Indian journal of veterinary science and animal husbandry - Volumes 28-29, 1958-1959
Year: 1958
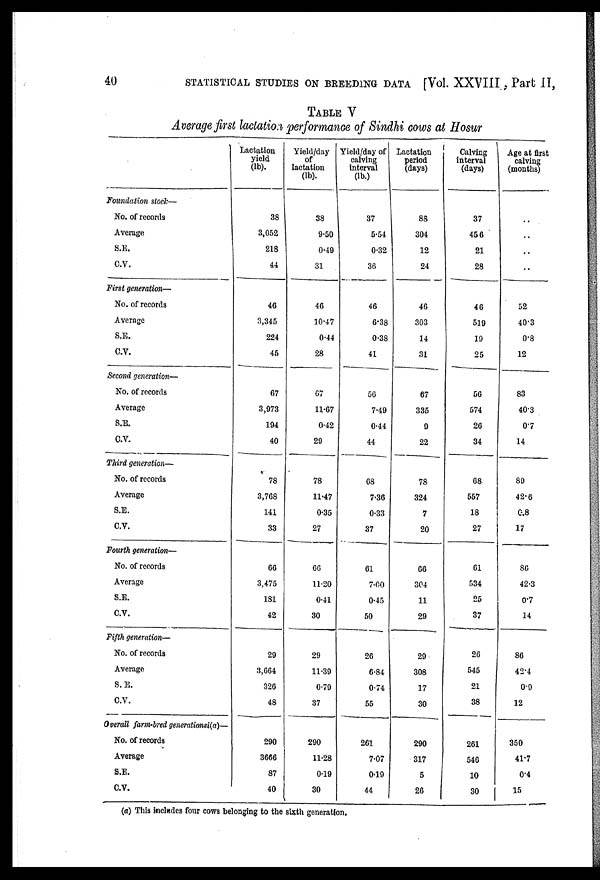
40
STATISTICAL STUDIES ON BREEDING DATA [Vol. XXVIII , Part II,
TABLE V
Average first lactation performance of Sindhi cows at Hosur
Foundation stock—
No. of records
Average
S.E.
C.V.
First generation—
No. of records
Average
S.E.
C.V.
Second generation—
No. of records
Average
S.E.
C.V.
Third generation—
No. of records
Average
S.E.
C.V.
Fourth generation—
No. of records
Average
S.E.
C.V.
Fifth generation—
No. of records
Average
S. E.
C.V.
Overall farm-bred generationsi(a)—
No. of records
Average
S.E.
C.V.
Lactation
yield
(lb).
38
3,052
218
44
46
3,345
224
45
67
3,973
194
40
78
3,768
141
33
66
3,475
181
42
29
3,664
326
48
290
3666
87
40
Yield/day
of
lactation
(lb).
38
9.50
0.49
31
46
10.47
0.44
28
67
11.67
0.42
29
78
11.47
0.35
27
66
11.20
0.41
30
29
11.39
0.79
37
290
11.28
0.19
30
Yield/day of
calving
interval
(lb.)
37
5.54
0.32
36
46
6.38
0.38
41
56
7.49
0.44
44
68
7.36
0.33
37
61
7.00
0.45
50
26
6.84
0.74
55
261
7.07
0.19
44
Lactation
period
(days)
88
304
12
24
46
303
14
31
67
335
9
22
78
324
7
20
66
304
11
29
29
308
17
30
290
317
5
26
Calving
interval
(days)
37
456
21
28
46
519
19
25
56
574
26
34
68
557
18
27
61
534
25
37
26
545
21
38
261
546
10
30
Age at first
calving
(months)
..
..
..
..
52
40.3
0.8
12
83
40.3
0.7
14
89
42.6
0.8
17
86
42.3
0.7
14
86
42.4
0.9
12
350
41.7
0.4
15
(a) This includes four cows belonging to the sixth generation,